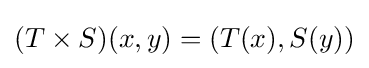
(T\times S)(x,y)=(T(x),S(y))